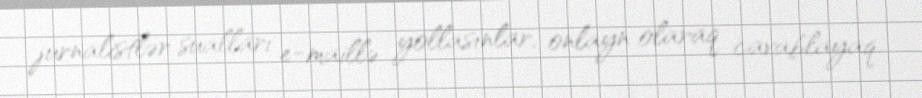
jurnalistlər sualları e-maillə yollasınlar, onlayn olaraq cavablayaq.